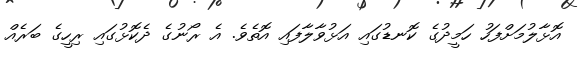
އޮޅާލުމަށްފަހު ހަމީދުގެ ކޮނޑުގައި އަޅުވާލާފައި އޮތެވެ. އެ ރޯނުގެ ދެކޮޅުގައި ރިހީގެ ބަރެއް